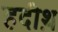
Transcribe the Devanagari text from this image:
हदीथ़